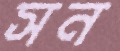
সন